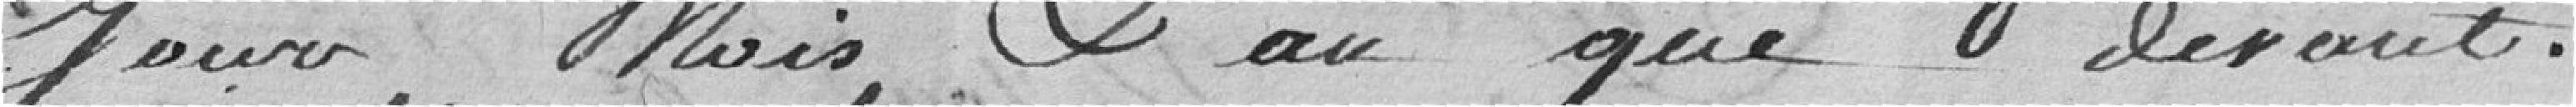
jour, mois , et an que devant.